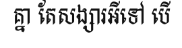
គ្នា តែសង្សារអីទៅ បើ